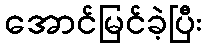
အောင်မြင်ခဲ့ပြီး